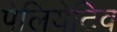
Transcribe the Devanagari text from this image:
पेलियेटिव